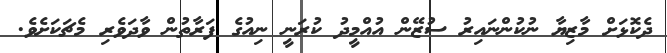
ދެކޮޅަށް މާޒިޔާ ނުކުންނައިރު ސުޒޭން އުއްމީދު ކުރަނީ ނިއުގެ ފަރާތުން ވާދަވެރި މެޗަކަށެވެ.